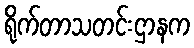
ရိုက်တာသတင်းဌာနက